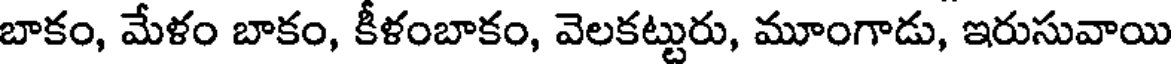
బాకం, మేళం బాకం, కీళంబాకం, వెలకట్టురు, మూంగాడు, ఇరుసువాయి